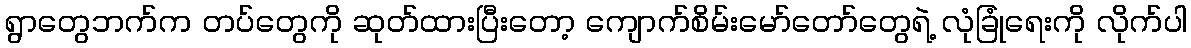
ရွာတွေဘက်က တပ်တွေကို ဆုတ်ထားပြီးတော့ ကျောက်စိမ်းမော်တော်တွေရဲ့ လုံခြုံရေးကို လိုက်ပါ